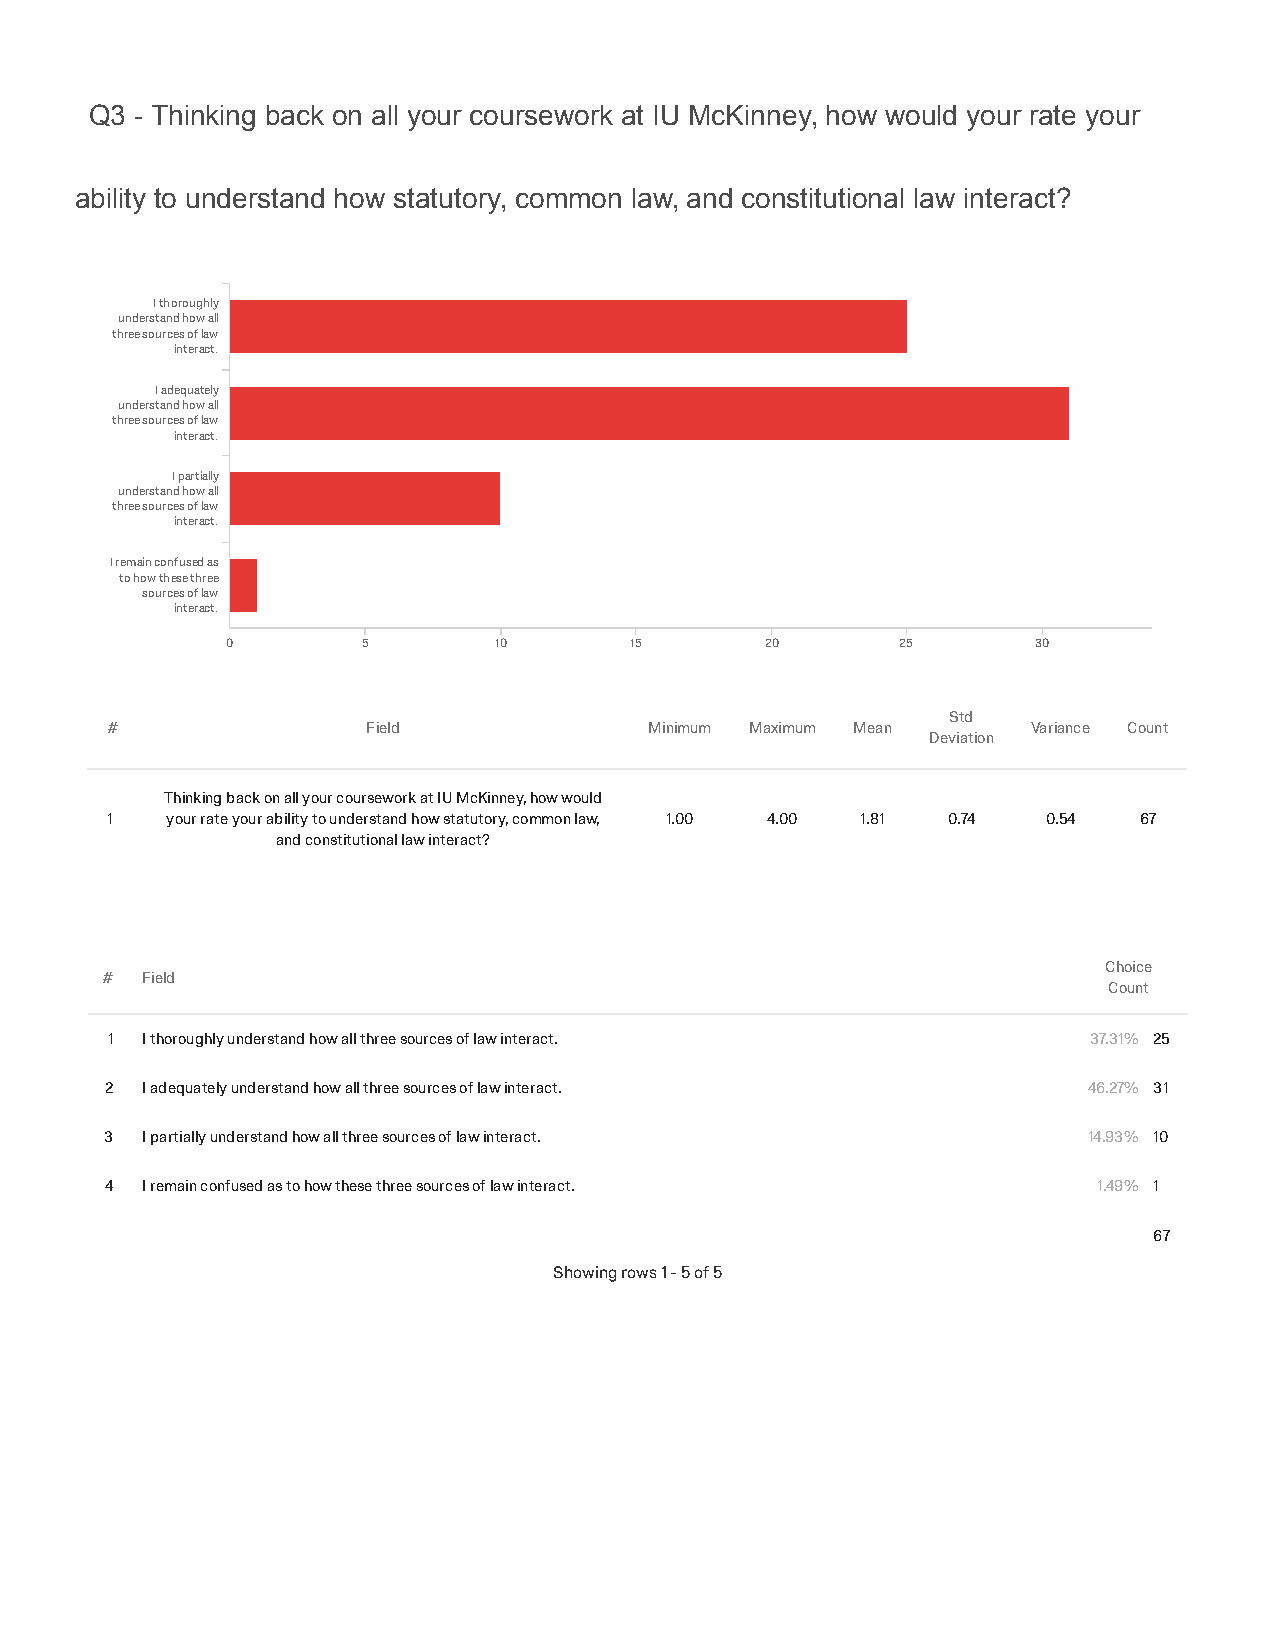
Q3 - Thinking back on all your coursework at IU McKinney, how would your rate your
 ability to understand how statutory, common law, and constitutional law interact?
 I thoroughly
 understand how all
 three sources of law
 interact.
 I adequately
 understand how all
 three sources of law
 interact.
 I partially
 understand how all
 three sources of law
 interact.
 I remain confused as
 to how these three
 sources of law
 interact.
 0        5        10       15       20       25       30
 Std
 #                Field              Minimum Maximum Mean     Variance Count
 Deviation
 Thinking back on all your coursework at IU McKinney, how would
 1   your rate your ability to understand how statutory, common law, 1.00 4.00 1.81 0.74 0.54 67
 and constitutional law interact?
 Choice
 # Field
 Count
 1 I thoroughly understand how all three sources of law interact. 37.31% 25
 2 I adequately understand how all three sources of law interact. 46.27% 31
 3 I partially understand how all three sources of law interact.  14.93% 10
 4 I remain confused as to how these three sources of law interact. 1.49% 1
 67
 Showing rows 1 - 5 of 5